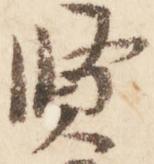
賢